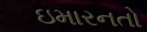
ઇમારનતો